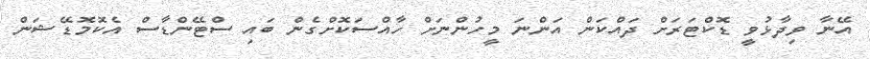
އޭނާ ވިދާޅުވީ ޑޮކްޓަރަށް ދައްކަން އަންނަ މީހުންނަށް ހާއްސަކޮށްގެން ބައި ސްޓޭންޑާސް އެކޮމޮޑޭޝަން